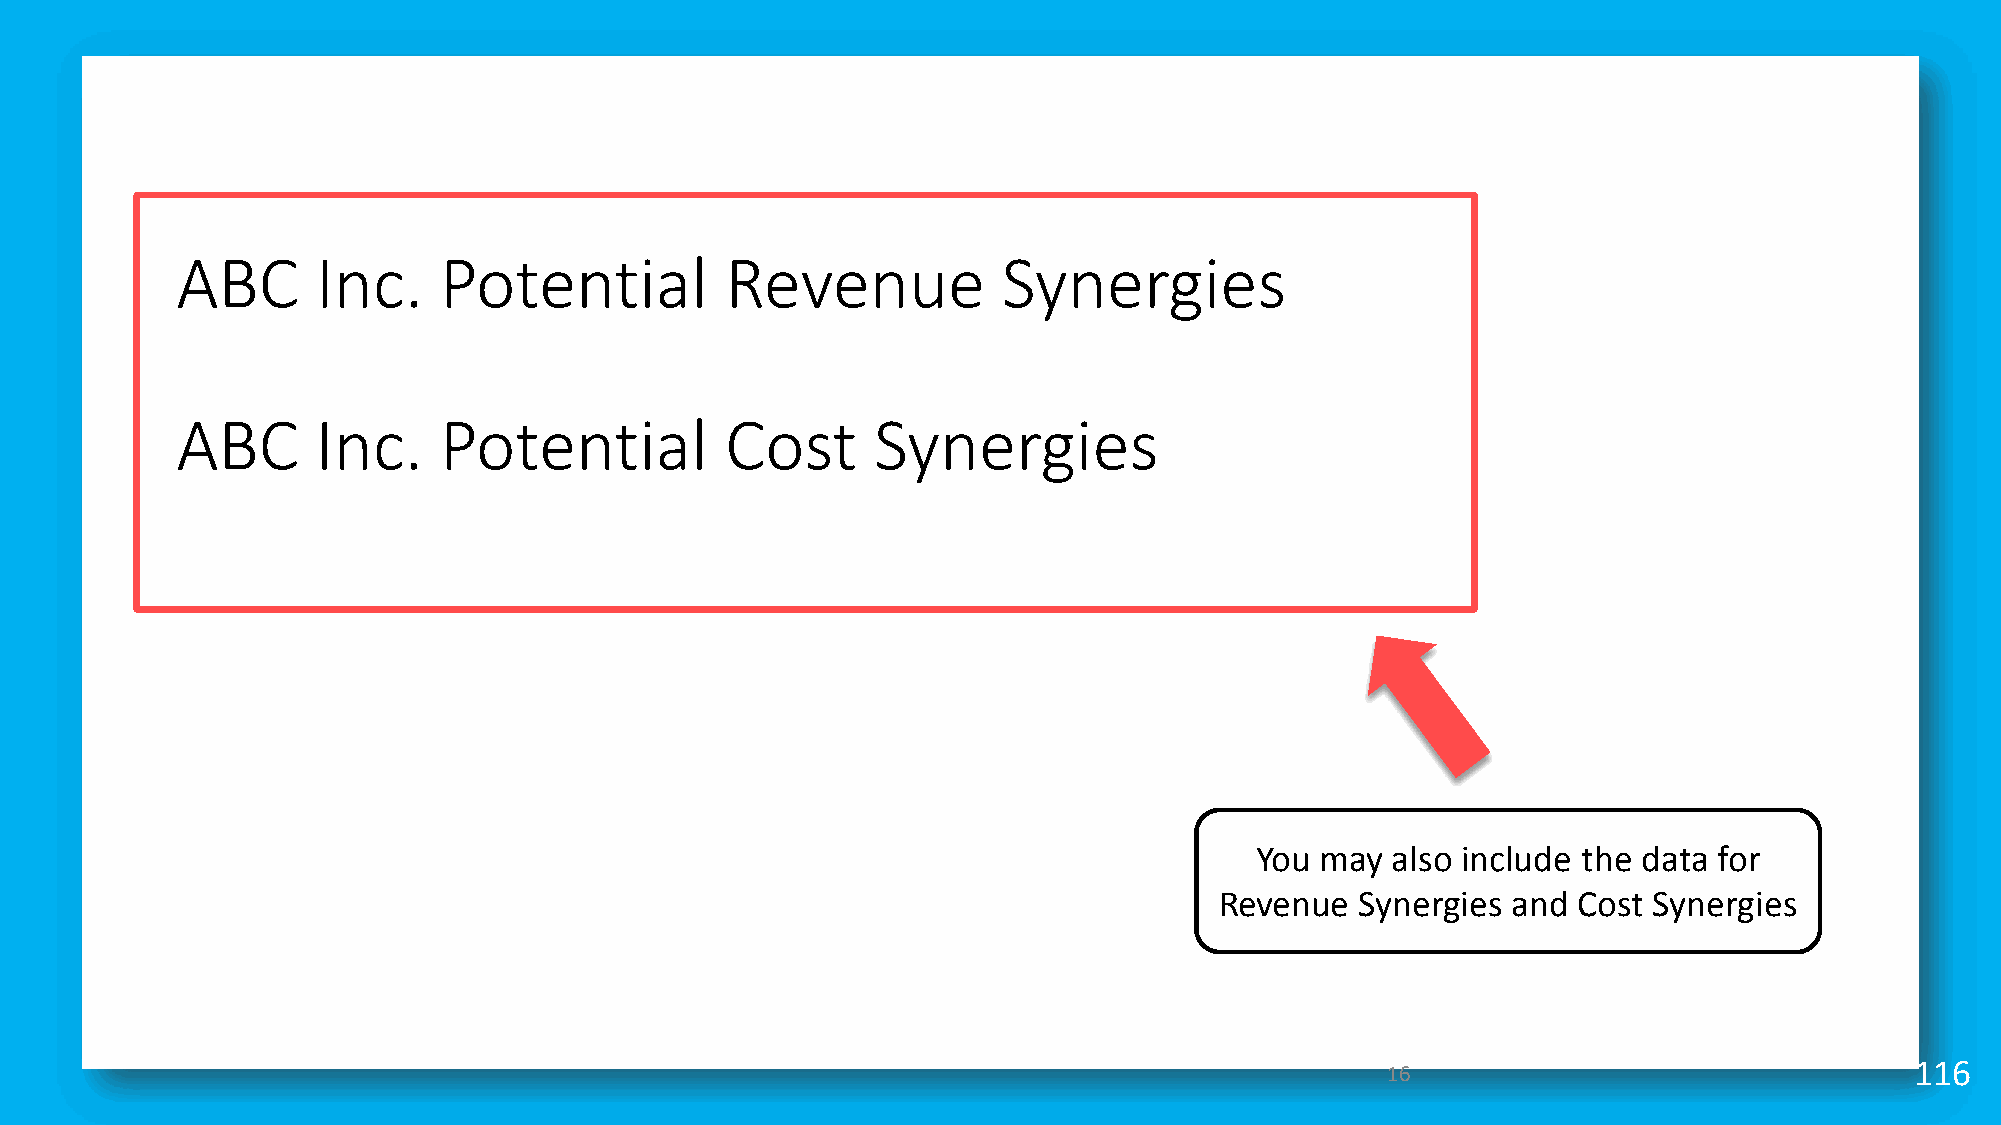
ABC      Inc.    Potential          Revenue           Synergies
 ABC      Inc.    Potential          Cost      Synergies
 You may  also include the data for
 Revenue  Synergies and Cost Synergies
 16                                 116